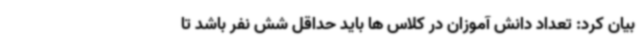
بیان کرد: تعداد دانش آموزان در کلاس ها باید حداقل شش نفر باشد تا